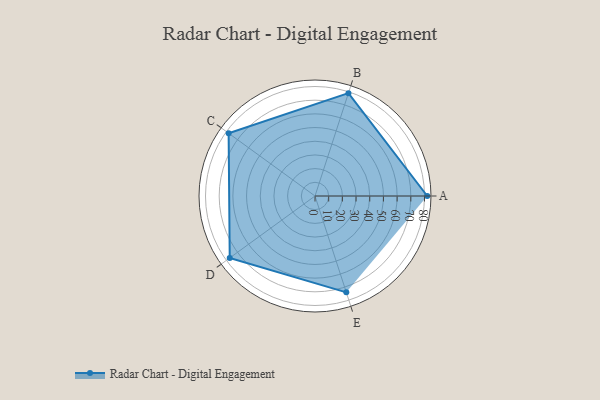
{"axis": {"x": "Skill", "y": "Score"}, "legend": ["Profile"], "data": [{"x": "A", "y": 82.0, "type": "Profile"}, {"x": "B", "y": 79.0, "type": "Profile"}, {"x": "C", "y": 78.0, "type": "Profile"}, {"x": "D", "y": 77.0, "type": "Profile"}, {"x": "E", "y": 74.0, "type": "Profile"}]}